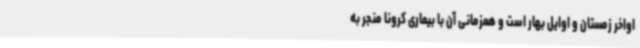
اواخر زمستان و اوایل بهار است و همزمانی آن با بیماری کرونا منجر به